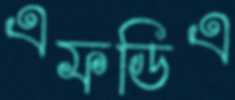
এফডিএ